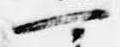
可